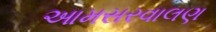
આમસરવાલણ